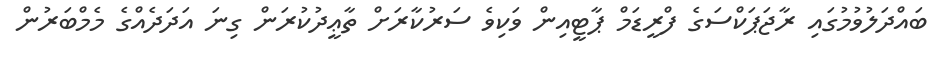
ބައްދަލުވުމުގައި ރާޖަޕަކްސަގެ ފްރީޑަމް ޕާޓީއިން ވަކިވެ ސަރުކާރަށް ތާޢީދުކުރަން ގިނަ އަދަދެއްގެ މެމްބަރުން